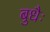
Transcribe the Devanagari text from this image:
बुधैः